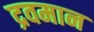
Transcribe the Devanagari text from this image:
द्रवमान